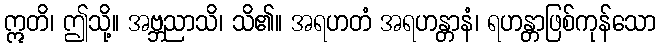
ဣတိ၊ ဤသို့။ အဗ္ဘညာသိ၊ သိ၏။ အရဟတံ အရဟန္တာနံ၊ ရဟန္တာဖြစ်ကုန်သော